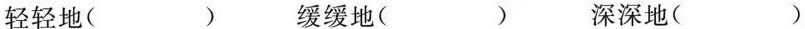
轻轻地( ) 缓缓地( ) 深深地( )